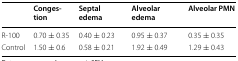
<table><thead><tr><td></td><td><b>Congestion</b></td><td><b>Septal edema</b></td><td><b>Alveolar edema</b></td><td><b>Alveolar PMN</b></td></tr></thead><tbody><tr><td>R-100</td><td>0.70 ± 0.35</td><td>0.40 ± 0.23</td><td>0.95 ± 0.37</td><td>0.35 ± 0.35</td></tr><tr><td>Control</td><td>1.50 ± 0.6</td><td>0.58 ± 0.21</td><td>1.92 ± 0.49</td><td>1.29 ± 0.43</td></tr></tbody></table>